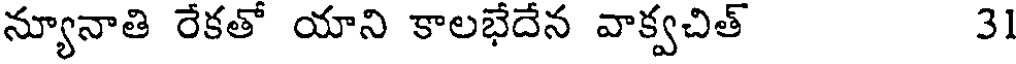
న్యూనాతి రేకతో యాని కాలభేదేన వాక్వచిత్ 31